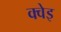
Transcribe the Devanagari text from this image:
क्वेइ